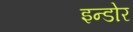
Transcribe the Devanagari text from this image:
इन्‍डोर